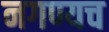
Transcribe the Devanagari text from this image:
नगण्यच